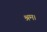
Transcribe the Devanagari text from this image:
श्रम।